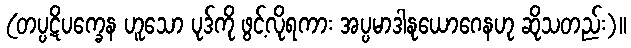
(တပ္ပဋိပက္ခေန ဟူသော ပုဒ်ကို ဖွင့်လိုရကား အပ္ပမာဒါနုယောဂေနဟု ဆိုသတည်း)။